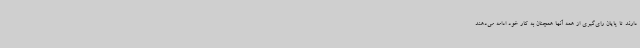
دارند تا پایان رای‌گیری از همه آنها همچنان به کار خود ادامه می‌دهند